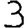
Digit: 3